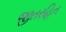
જીતરહિત